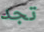
تجد